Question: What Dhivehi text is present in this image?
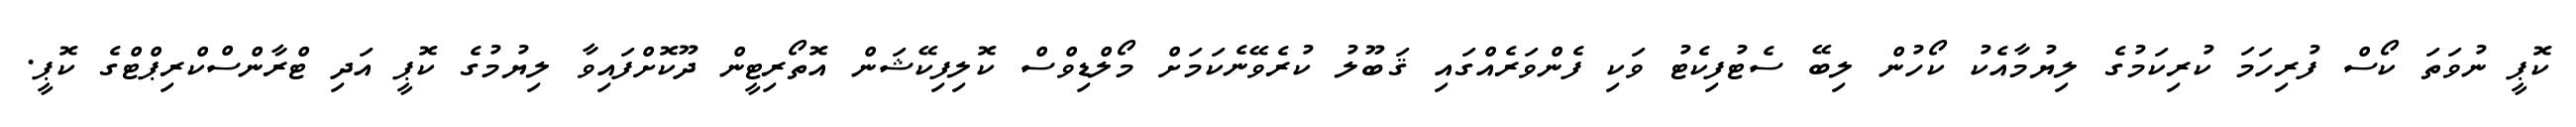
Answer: ކޮޕީ ނުވަތަ ކޯސް ފުރިހަމަ ކުރިކަމުގެ ލިޔުމާއެކު ކޯހުން ލިބޭ ސެޓުފިކެޓު ވަކި ފެންވަރެއްގައި ޤަބޫލު ކުރެވޭނެކަމަށް މޯލްޑިވްސް ކޮލިފިކޭޝަން އޮތޯރިޓީން ދޫކޮށްފައިވާ ލިޔުމުގެ ކޮޕީ އަދި ޓްރާންސްކްރިޕްޓްގެ ކޮޕީ.